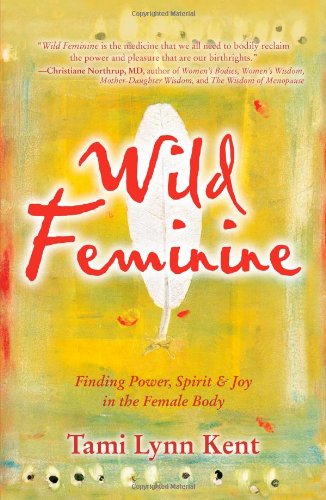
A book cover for Wild Feminine: Finding Power, Spirit & Joy in the Female Body; Tami Lynn Kent; Medical Books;